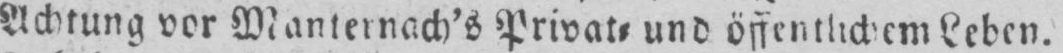
Leben.